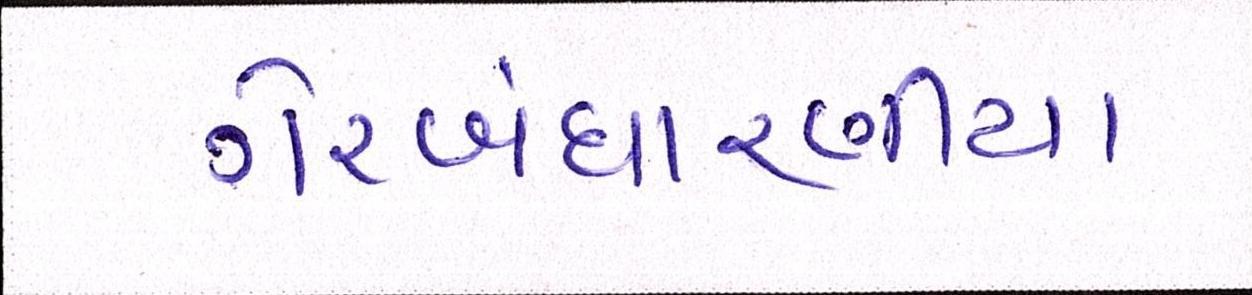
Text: ગેરબંધારણીય